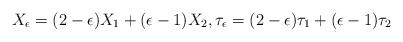
LaTeX: \begin{align*}X_{\epsilon} = (2-\epsilon)X_1 +(\epsilon -1)X_2, \tau_{\epsilon} = (2-\epsilon)\tau_1 + (\epsilon -1)\tau_2\end{align*}